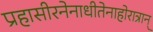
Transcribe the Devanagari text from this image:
प्रहासीरनेनाधीतेनाहोरात्रान्